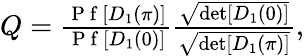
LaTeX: \begin{array}{r}{Q=\frac{\mathrm{~P~f~}[D_{1}(\pi)]}{\mathrm{~P~f~}[D_{1}(0)]}\frac{\sqrt{\operatorname*{det}[D_{1}(0)]}}{\sqrt{\operatorname*{det}[D_{1}(\pi)]}},}\end{array}